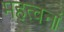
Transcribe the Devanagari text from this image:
महत्वनां